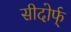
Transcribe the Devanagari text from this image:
सीदोर्फ्